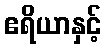
ဧရိယာနှင့်